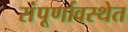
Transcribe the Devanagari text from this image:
संंपूर्णावस्थेत